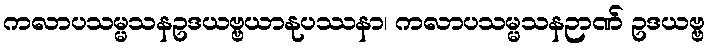
ကလာပသမ္မသနဥဒယဗ္ဗယာနုပဿနာ၊ ကလာပသမ္မသနဉာဏ် ဥဒယဗ္ဗ